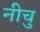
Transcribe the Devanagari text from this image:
नीचु